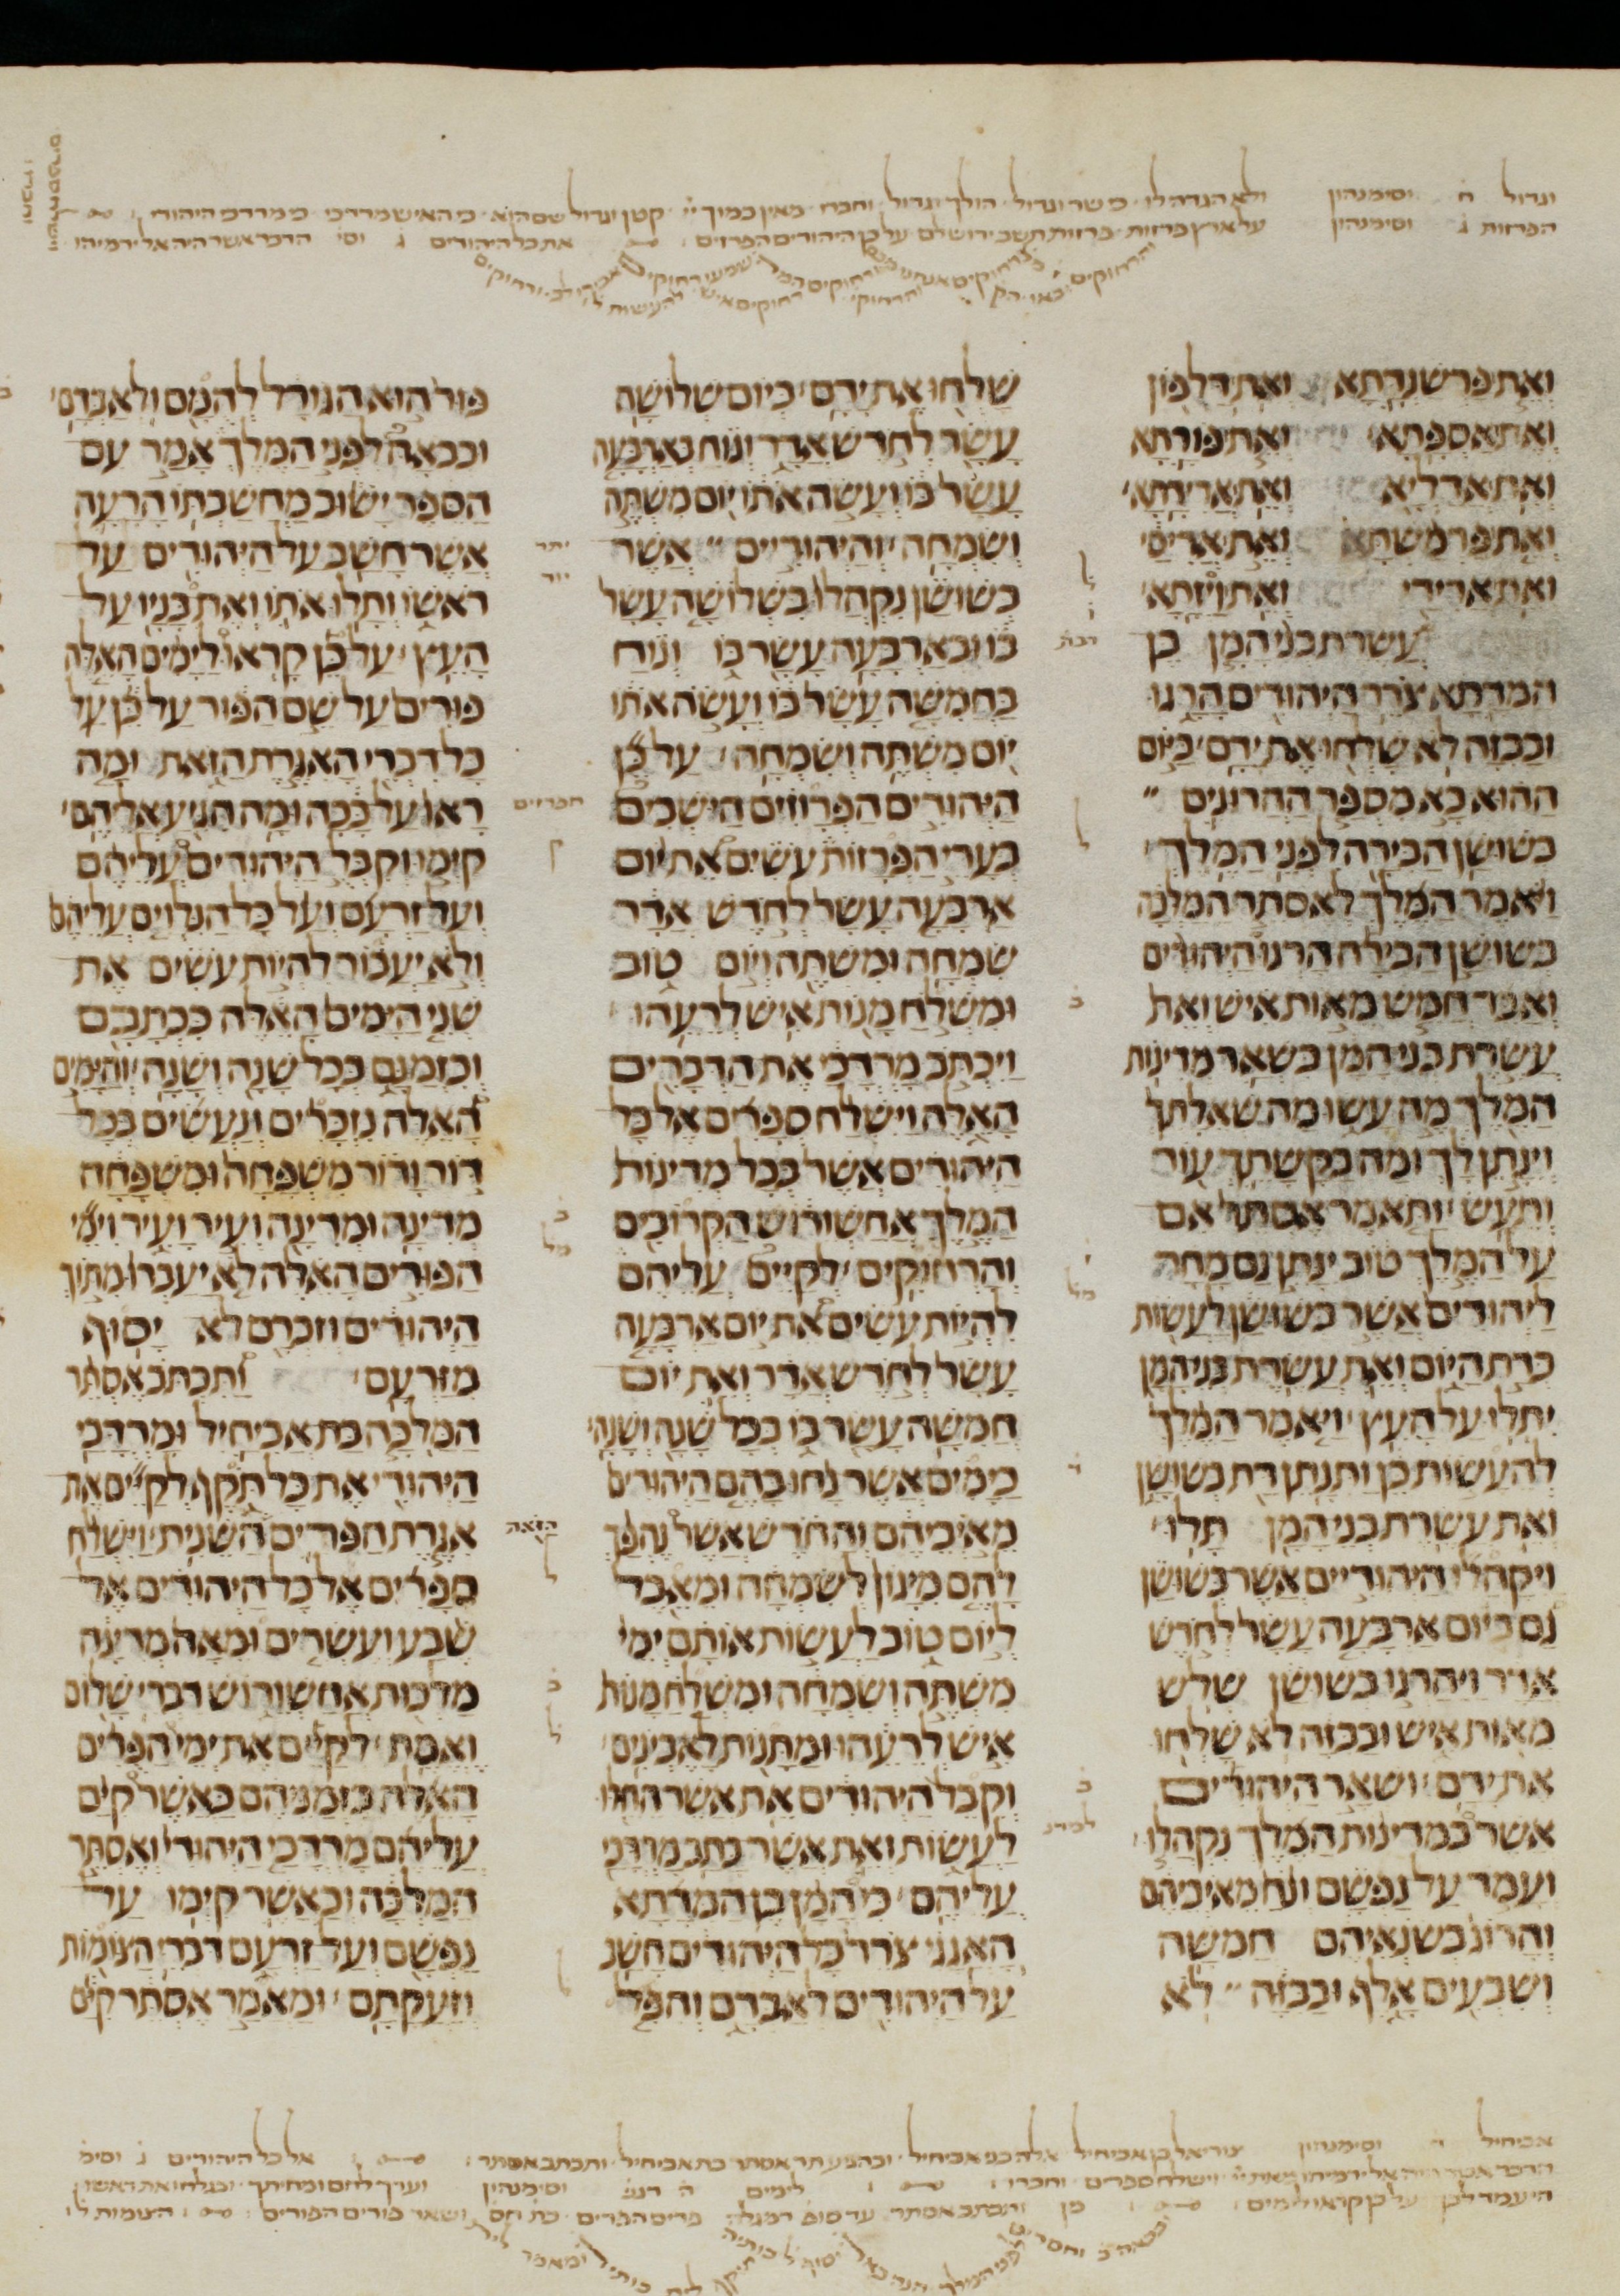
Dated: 1200–1299